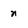
Character: n